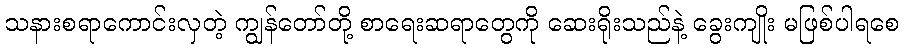
သနားစရာကောင်းလှတဲ့ ကျွန်တော်တို့ စာရေးဆရာတွေကို ဆေးရိုးသည်နဲ့ ခွေးကျိုး မဖြစ်ပါရစေ